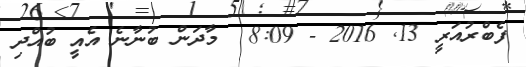
ފެބްރުއަރީ 13